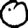
Digit: 0